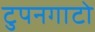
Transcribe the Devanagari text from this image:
टुपनगाटो